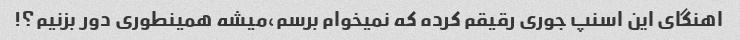
اهنگای این اسنپ جوری رقیقم کرده که نمیخوام برسم،میشه همینطوری دور بزنیم؟!